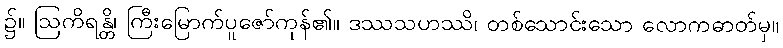
၌။ ဩကိရန္တိ၊ ကြီးမြောက်ပူဇော်ကုန်၏။ ဒဿသဟဿိ၊ တစ်သောင်းသော လောကဓာတ်မှ။